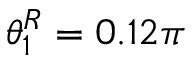
\theta _ { 1 } ^ { R } = 0 . 1 2 \pi